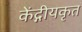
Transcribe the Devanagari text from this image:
केंद्गीयकृत